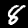
Digit: 8